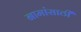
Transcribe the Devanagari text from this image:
नामांसाठी